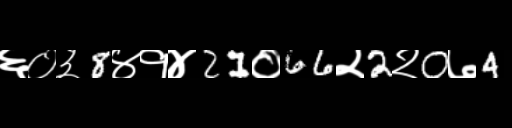
Text: ६०३8४१४21०66२2२0७4